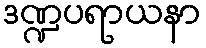
ဒဏ္ဍပရာယနာ